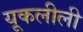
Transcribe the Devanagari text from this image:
यूकलीली